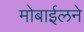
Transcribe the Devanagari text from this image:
मोबाईलने